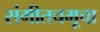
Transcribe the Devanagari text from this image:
संगीतचमूचा